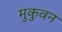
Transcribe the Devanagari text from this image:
मुकुवन